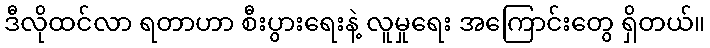
ဒီလိုထင်လာ ရတာဟာ စီးပွားရေးနဲ့ လူမှုရေး အကြောင်းတွေ ရှိတယ်။